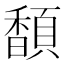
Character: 䫝